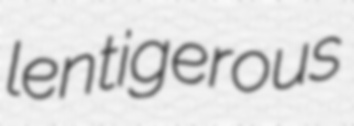
lentigerous